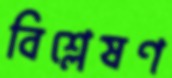
বিশ্লেষণ